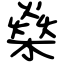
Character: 燊